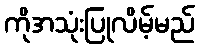
ကိုအသုံးပြုလိမ့်မည်